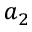
a _ { 2 }